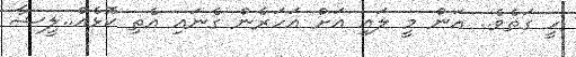
ހީ ގަތެވެ.. އަން މީ ލައި އަށް އަހަރެން ގެނައި އެތި ކޮޅެއް..ލީޝާ